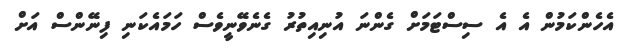
އެހެންކަމުން އެ އެ ސިސްޓަމަށް ގެންނަ އުނިއިތުރު ގެނެވޭނީވެސް ހަމައެކަނި ފިނޭންސް އަށް